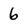
Character: 6